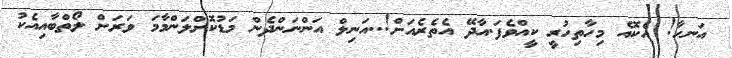
އަނހާ! އެކޮއެ މިހާތިހުރީ ކީއްވެފަ.އާދޭ އެތެރެއަށް!..އަނިލް އަންނަންދެން މަޑުކޮށްލަންމާމަ ވަރަށް ލޯތްބާއިއެކު